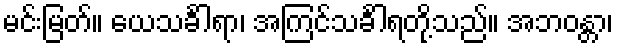
မင်းမြတ်။ ယေသင်္ခါရာ၊ အကြင်သင်္ခါရတို့သည်။ အဘဝန္တာ၊